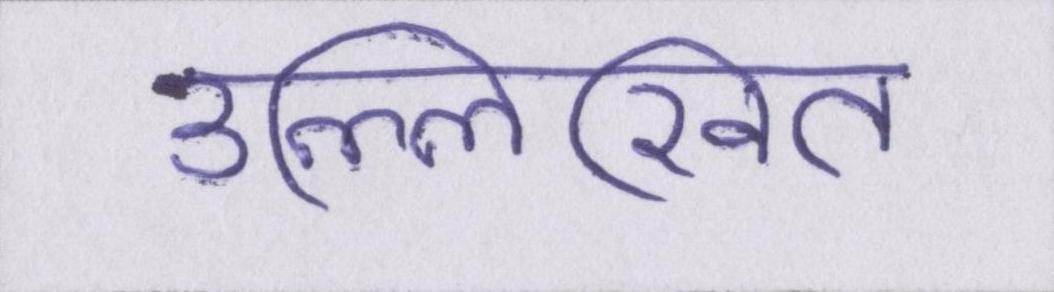
उल्लिखित